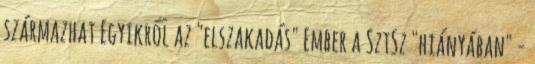
származhat Egyikről az "elszakadás" Ember a SztSz "hiányában" -